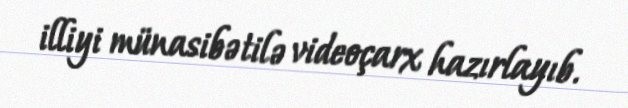
illiyi münasibətilə videoçarx hazırlayıb.